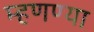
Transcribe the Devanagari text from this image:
म्हणण्या